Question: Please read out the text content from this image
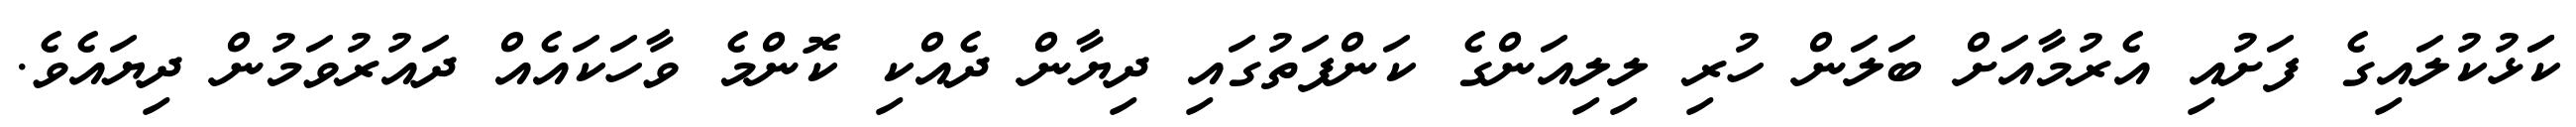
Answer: ކަަޅުކުލައިގެ ފަށުއި އެރުމާއަށް ބަލަން ހުރި ލިލިއަންގެ ކަންފަތުގައި ދިޔާން ދެއްކި ކޮންމެ ވާހަކައެއް ދައުރުވަމުން ދިޔައެވެ.